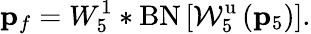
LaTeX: {\mathbf p}_{f}=W_{5}^{1}*\mathrm{BN}\left[\mathcal{W}_{5}^{\mathrm{u}}\left({\mathbf p}_{5}\right)\right].